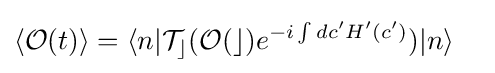
{\begin{aligned}\langle {\mathcal {O}}(t)\rangle &=\langle n|{\mathcal {T_{c}}}({\mathcal {O(c)}}e^{-i\int dc'H'(c')})|n\rangle \end{aligned}}